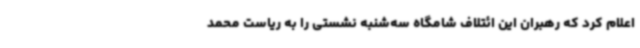
اعلام کرد که رهبران این ائتلاف شامگاه سه‌شنبه نشستی را به ریاست محمد